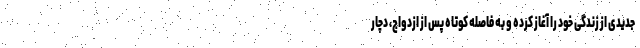
جدیدی از زندگی خود را آغاز کرده و به فاصله کوتاه پس از ازدواج، دچار